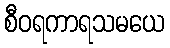
စီဝရကာရသမယေ